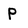
Character: P